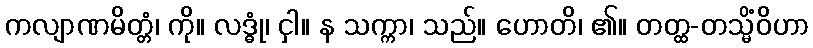
ကလျာဏမိတ္တံ၊ ကို။ လဒ္ဓုံ၊ ငှါ။ န သက္ကာ၊ သည်။ ဟောတိ၊ ၏။ တတ္ထ-တသ္မိံဝိဟာ